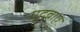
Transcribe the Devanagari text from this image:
गुदवाएं